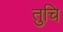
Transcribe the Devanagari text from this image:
तुचि